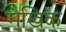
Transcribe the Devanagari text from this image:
मैखिक